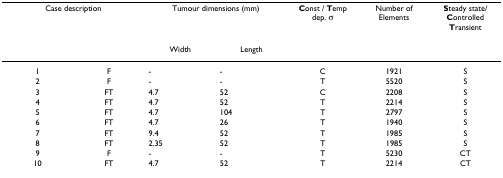
| <COLSPAN=2> Case description | <COLSPAN=2> Tumour dimensions (mm) | Const / Temp dep. σ | Number of Elements | Steady state/Controlled Transient |
 |  |  | Width | Length |  |  |  |
 | --- | --- | --- | --- | --- | --- | --- |
 | 1 | F | - | - | C | 1921 | S |
 | 2 | F | - | - | T | 5520 | S |
 | 3 | FT | 4.7 | 52 | C | 2208 | S |
 | 4 | FT | 4.7 | 52 | T | 2214 | S |
 | 5 | FT | 4.7 | 104 | T | 2797 | S |
 | 6 | FT | 4.7 | 26 | T | 1940 | S |
 | 7 | FT | 9.4 | 52 | T | 1985 | S |
 | 8 | FT | 2.35 | 52 | T | 1985 | S |
 | 9 | F | - | - | T | 5230 | CT |
 | 10 | FT | 4.7 | 52 | T | 2214 | CT |